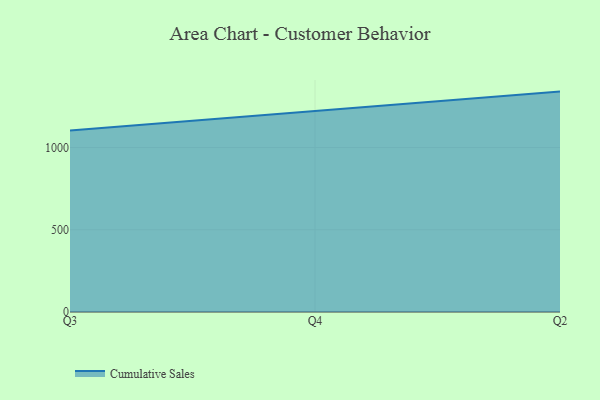
{"axis": {"x": "Quarter", "y": "Operating Costs (USD K)"}, "legend": ["Cumulative Sales"], "data": [{"x": "Q3", "y": 1104.3, "type": "Cumulative Sales"}, {"x": "Q4", "y": 1224.3, "type": "Cumulative Sales"}, {"x": "Q2", "y": 1340.2, "type": "Cumulative Sales"}]}